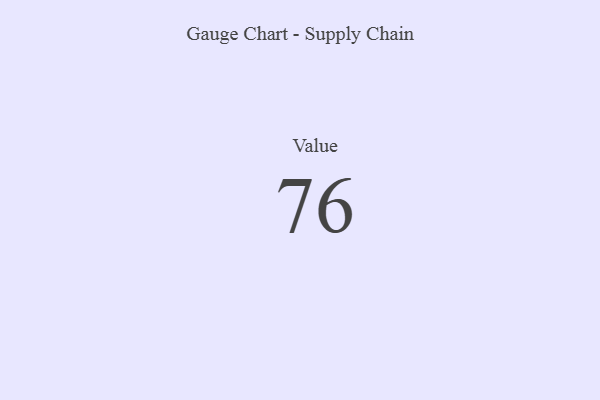
{"axis": {"x": "Metric", "y": "Value"}, "legend": [""], "data": [{"x": "Value", "y": 76, "type": ""}]}